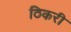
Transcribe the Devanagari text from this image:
ठिकरी